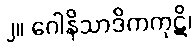
၂။ ဂေါနိသာဒိကကုဋိ၊